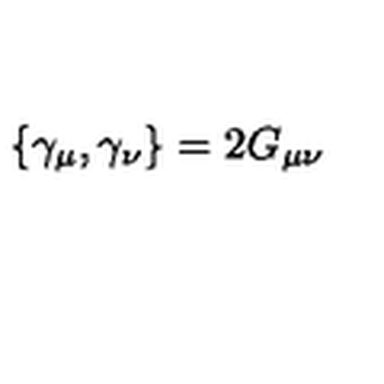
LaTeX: \{ \gamma _ { \mu } , \gamma _ { \nu } \} = 2 G _ { \mu \nu }